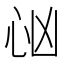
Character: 𢗮